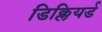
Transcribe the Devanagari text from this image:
डिक्लियर्ड